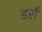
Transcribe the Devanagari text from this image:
डरौं